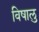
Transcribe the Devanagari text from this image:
विषालु